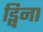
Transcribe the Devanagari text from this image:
ड्विना